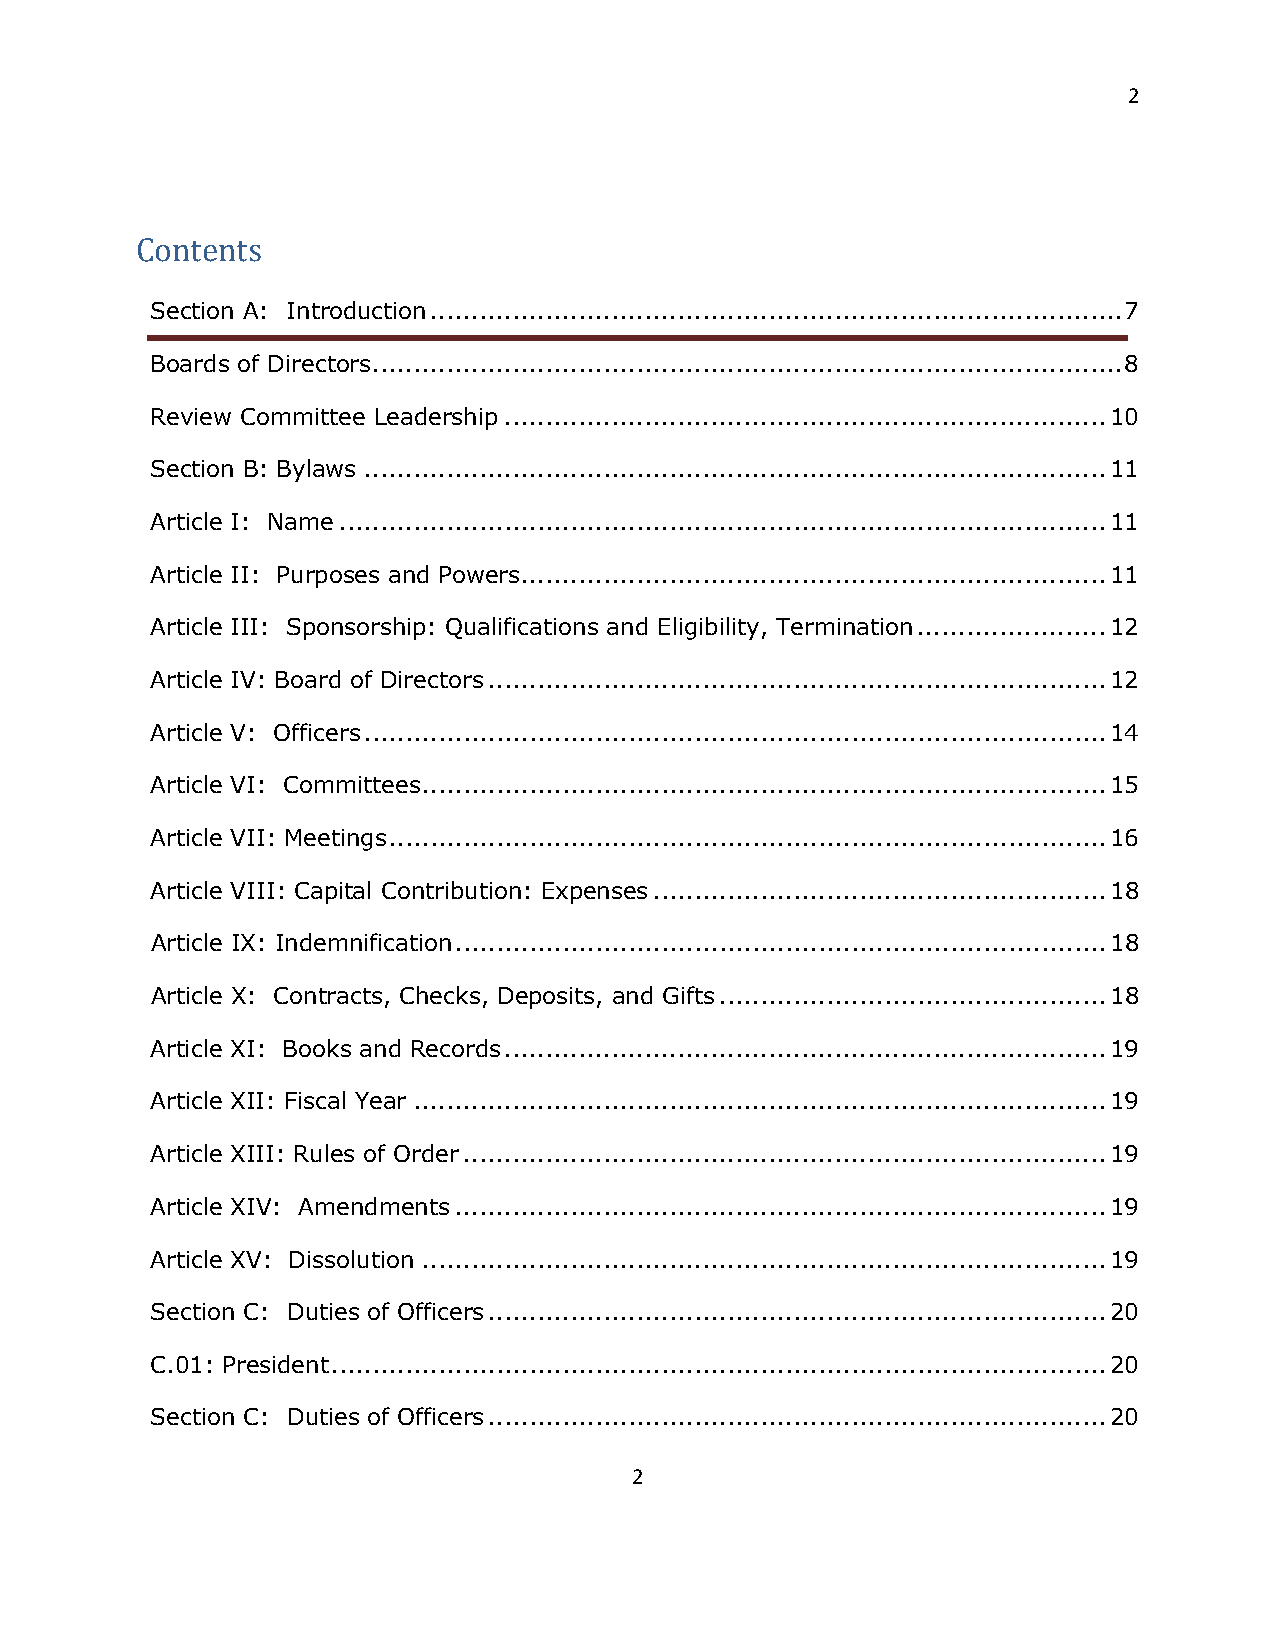
2
 Section A: Introduction .................................................................................... 7
 Contents
 Boards of Directors ........................................................................................... 8
 Review Committee Leadership ......................................................................... 10
 Section B: Bylaws .......................................................................................... 11
 Article I: Name ............................................................................................. 11
 Article II: Purposes and Powers....................................................................... 11
 Article III: Sponsorship: Qualifications and Eligibility, Termination ....................... 12
 Article IV: Board of Directors ........................................................................... 12
 Article V: Officers .......................................................................................... 14
 Article VI: Committees ................................................................................... 15
 Article VII: Meetings ....................................................................................... 16
 Article VIII: Capital Contribution: Expenses ....................................................... 18
 Article IX: Indemnification ............................................................................... 18
 Article X: Contracts, Checks, Deposits, and Gifts ............................................... 18
 Article XI: Books and Records ......................................................................... 19
 Article XII: Fiscal Year .................................................................................... 19
 Article XIII: Rules of Order .............................................................................. 19
 Article XIV: Amendments ............................................................................... 19
 Article XV: Dissolution ................................................................................... 19
 Section C: Duties of Officers ........................................................................... 20
 C.01: President .............................................................................................. 20
 Section C: Duties of Officers ........................................................................... 20
 2